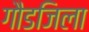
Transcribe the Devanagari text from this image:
गौडजिला